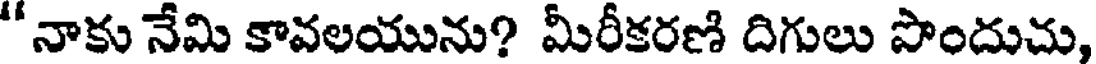
"నాకు నేమి కావలయును? మీరీకరణి దిగులు పొందుచు,